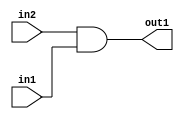
`timescale 1ps / 1ps
/*****************************************************************************
    Verilog RTL Description
    
    
    Created by: Stratus DpOpt 21.05.01 
*******************************************************************************/

module SobelFilter_And_1Ux1U_1U_4_0 (
	in2,
	in1,
	out1
	); /* architecture "behavioural" */ 
input  in2,
	in1;
output  out1;
wire  asc001;

assign asc001 = 
	(in2)
	&(in1);

assign out1 = asc001;
endmodule

/* CADENCE  urf3Sg0= : u9/ySxbfrwZIxEzHVQQV8Q== ** DO NOT EDIT THIS LINE ******/